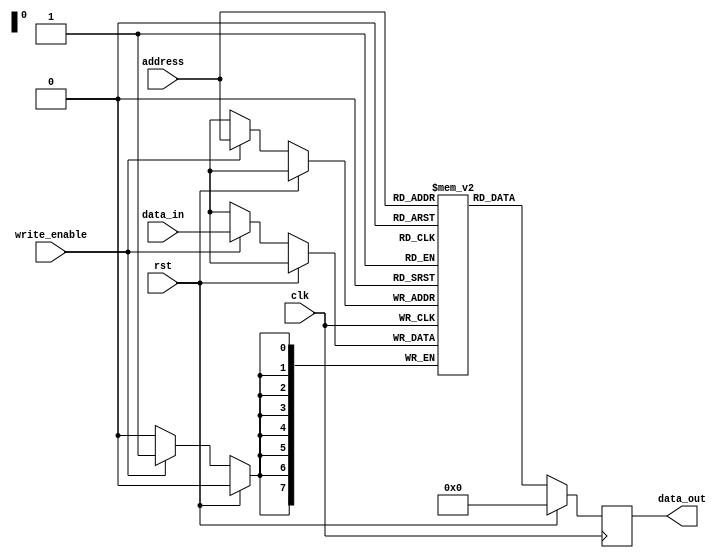
module SRAM (
    input wire clk,
    input wire rst,
    input wire [7:0] address,
    input wire write_enable,
    input wire [7:0] data_in,
    output wire [7:0] data_out
);

reg [7:0] memory [0:255];
reg [7:0] selected_data;

always @(posedge clk) begin
    if (rst) begin
        selected_data <= 8'b0;
    end else begin
        if (write_enable) begin
            memory[address] <= data_in;
        end
        selected_data <= memory[address];
    end
end

assign data_out = selected_data;

endmodule